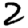
Digit: 2